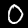
Label: 0